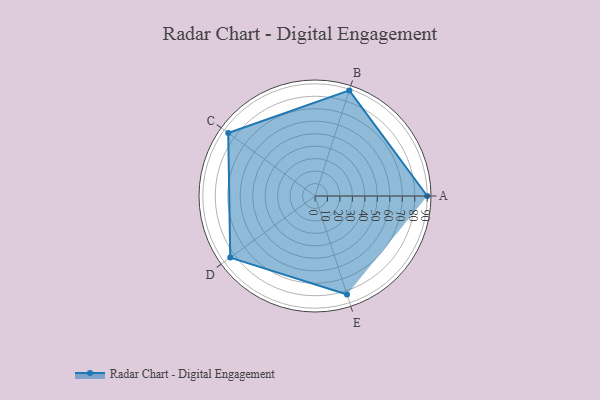
{"axis": {"x": "Skill", "y": "Score"}, "legend": ["Profile"], "data": [{"x": "A", "y": 90.0, "type": "Profile"}, {"x": "B", "y": 89.0, "type": "Profile"}, {"x": "C", "y": 86.0, "type": "Profile"}, {"x": "D", "y": 84.0, "type": "Profile"}, {"x": "E", "y": 83.0, "type": "Profile"}]}